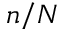
n / N